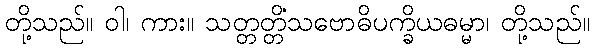
တို့သည်။ ဝါ၊ ကား။ သတ္တတ္တိံသဗောဓိပက္ခိယဓမ္မာ၊ တို့သည်။